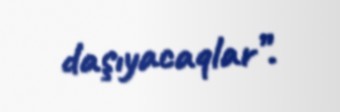
daşıyacaqlar”.